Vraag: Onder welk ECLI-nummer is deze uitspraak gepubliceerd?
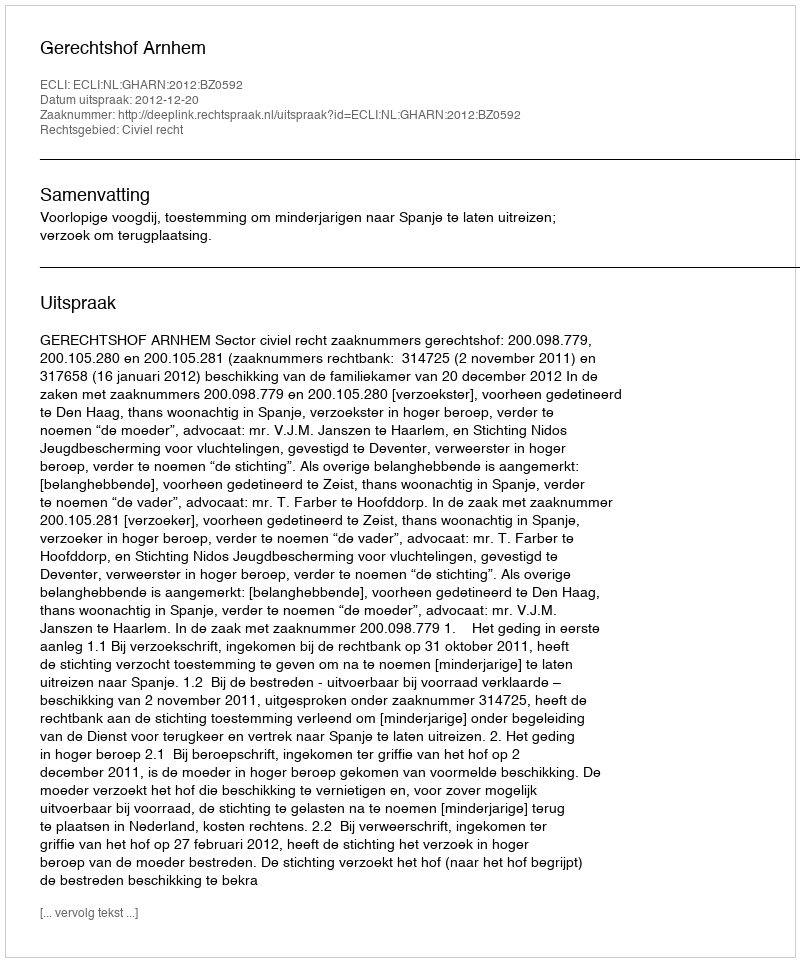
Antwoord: ECLI:NL:GHARN:2012:BZ0592